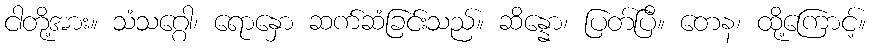
ငါတို့အား။ သံသဂ္ဂေါ၊ ရောနှော ဆက်ဆံခြင်းသည်။ ဆိန္နော၊ ပြတ်ပြီ။ တေန၊ ထို့ကြောင့်။